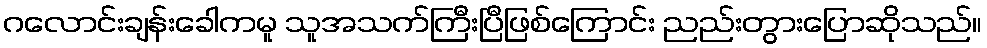
ဂလောင်းချန်းခေါကမူ သူအသက်ကြီးပြီဖြစ်ကြောင်း ညည်းတွားပြောဆိုသည်။